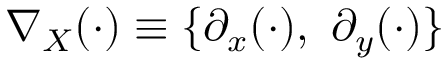
\nabla _ { X } ( \cdot ) \equiv \{ \partial _ { x } ( \cdot ) , ~ \partial _ { y } ( \cdot ) \}